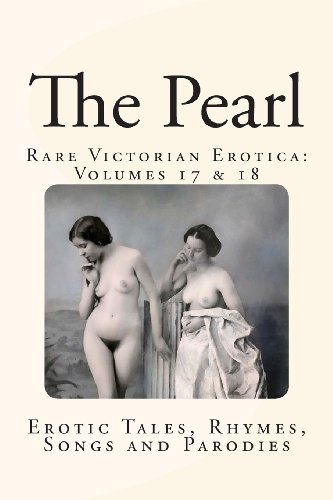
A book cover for The Pearl - Rare Victorian Erotica: Volumes 17 & 18: Erotic Tales, Rhymes, Songs and Parodies; William Lazenby; Romance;